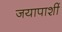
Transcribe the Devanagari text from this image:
जयापाशीं